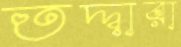
তদ্দ্বারা